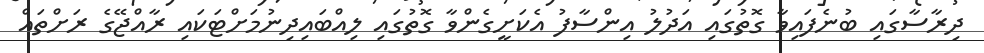
ދިރާސާގައި ބުނެފައިވާ ގޮތުގައި އަދުލު އިންސާފު އެކަށީގެންވާ ގޮތުގައި ލިއްބައިދިނުމަށްޓަކައި ރާއްޖޭގެ ރަށްތައް